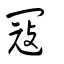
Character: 冦